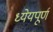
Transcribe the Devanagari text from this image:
ध्येयपूर्ण